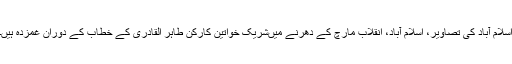
اسلام آباد کی تصاویر، اسلام آباد، انقلاب مارچ کے دھرنے میں‌شریک خواتین کارکن طاہر القادری کے خطاب کے دوران غمزدہ ہیں۔